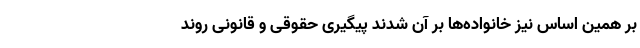
بر همین اساس نیز خانواده‌ها بر آن شدند پیگیری حقوقی و قانونی روند